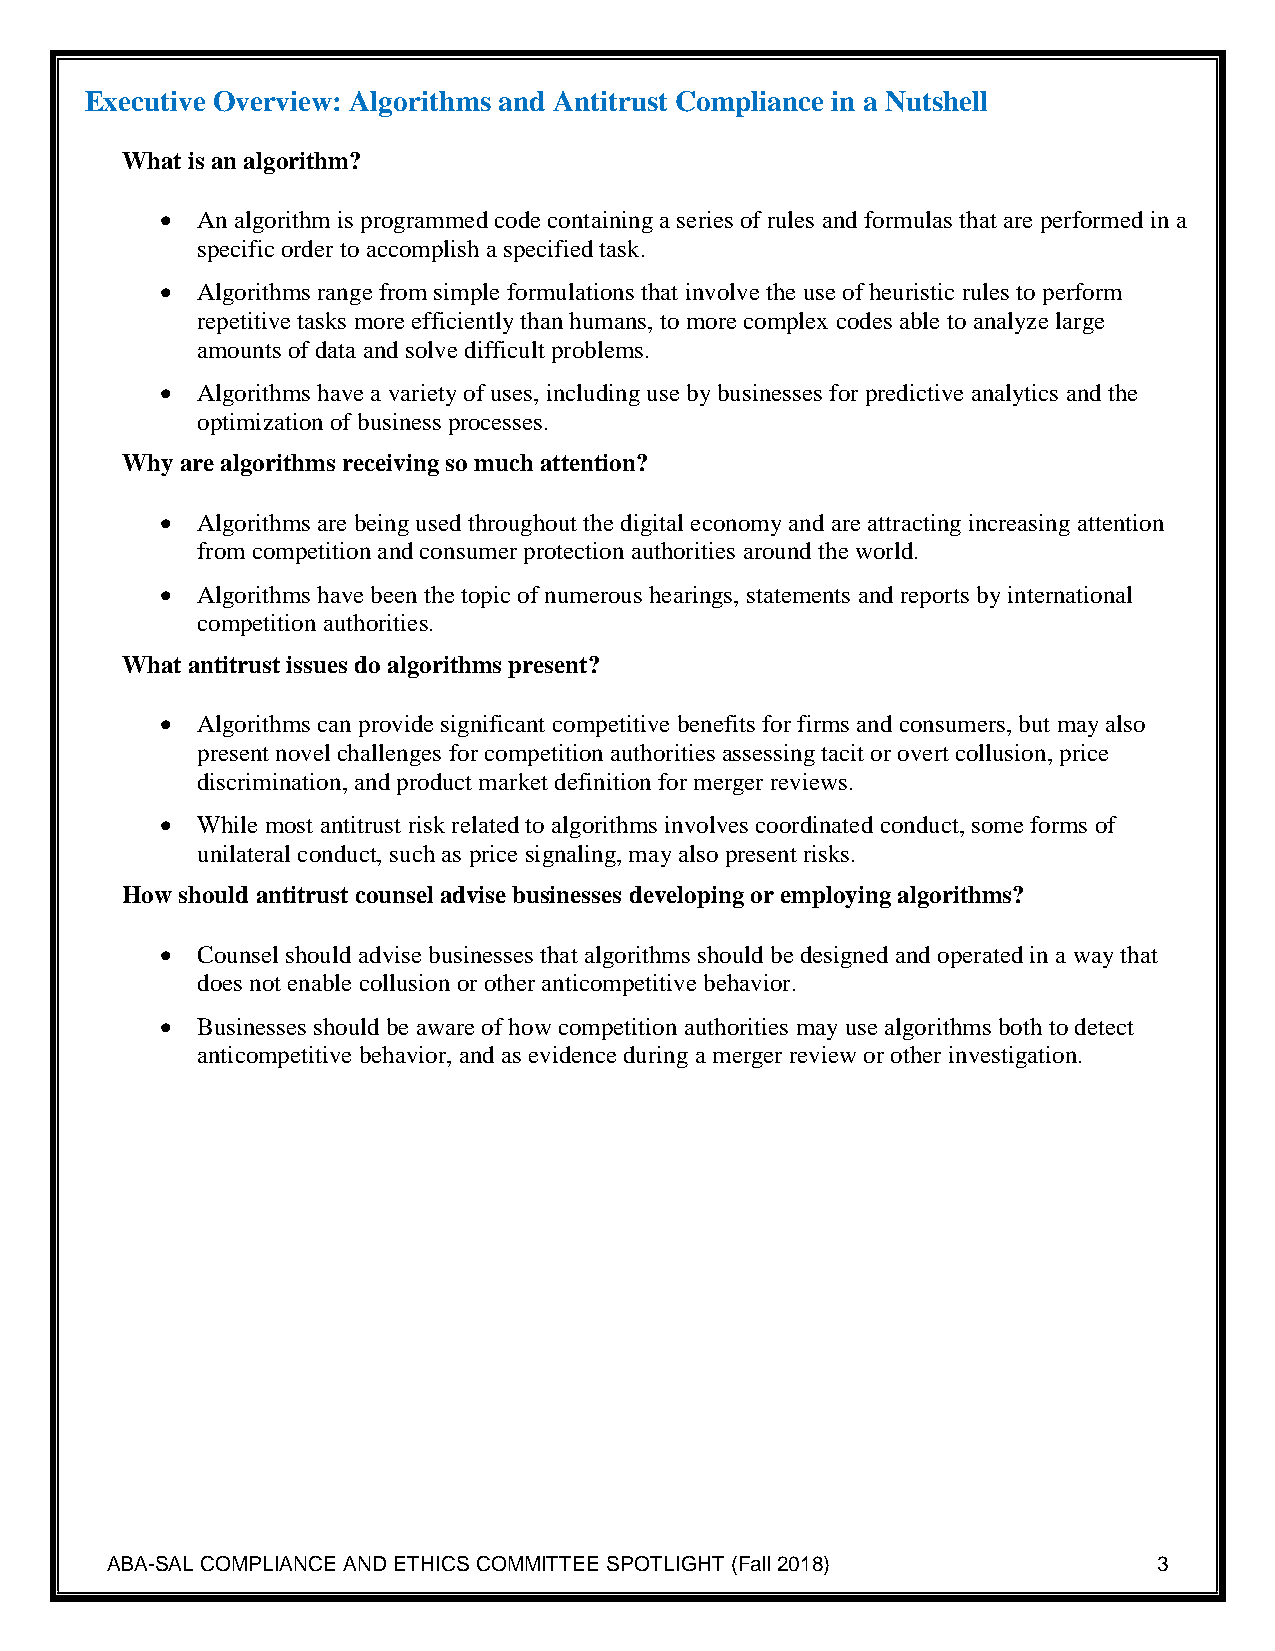
Executive Overview: Algorithms and Antitrust Compliance in a Nutshell
 What is an algorithm?
  An algorithm is programmed code containing a series of rules and formulas that are performed in a
 specific order to accomplish a specified task.
  Algorithms range from simple formulations that involve the use of heuristic rules to perform
 repetitive tasks more efficiently than humans, to more complex codes able to analyze large
 amounts of data and solve difficult problems.
  Algorithms have a variety of uses, including use by businesses for predictive analytics and the
 optimization of business processes.
 Why are algorithms receiving so much attention?
  Algorithms are being used throughout the digital economy and are attracting increasing attention
 from competition and consumer protection authorities around the world.
  Algorithms have been the topic of numerous hearings, statements and reports by international
 competition authorities.
 What antitrust issues do algorithms present?
  Algorithms can provide significant competitive benefits for firms and consumers, but may also
 present novel challenges for competition authorities assessing tacit or overt collusion, price
 discrimination, and product market definition for merger reviews.
  While most antitrust risk related to algorithms involves coordinated conduct, some forms of
 unilateral conduct, such as price signaling, may also present risks.
 How should antitrust counsel advise businesses developing or employing algorithms?
  Counsel should advise businesses that algorithms should be designed and operated in a way that
 does not enable collusion or other anticompetitive behavior.
  Businesses should be aware of how competition authorities may use algorithms both to detect
 anticompetitive behavior, and as evidence during a merger review or other investigation.
 ABA-SAL COMPLIANCE AND ETHICS COMMITTEE SPOTLIGHT (Fall 2018)         3